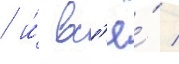
/ и́ вс'ё́ /